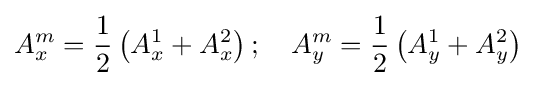
A_{x}^{m}={\frac {1}{2}}\left(A_{x}^{1}+A_{x}^{2}\right);\quad A_{y}^{m}={\frac {1}{2}}\left(A_{y}^{1}+A_{y}^{2}\right)